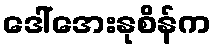
ဒေါ်အေးနုစိန်က